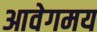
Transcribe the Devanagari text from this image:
आवेगमय